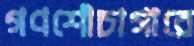
গণশৌচাগারে